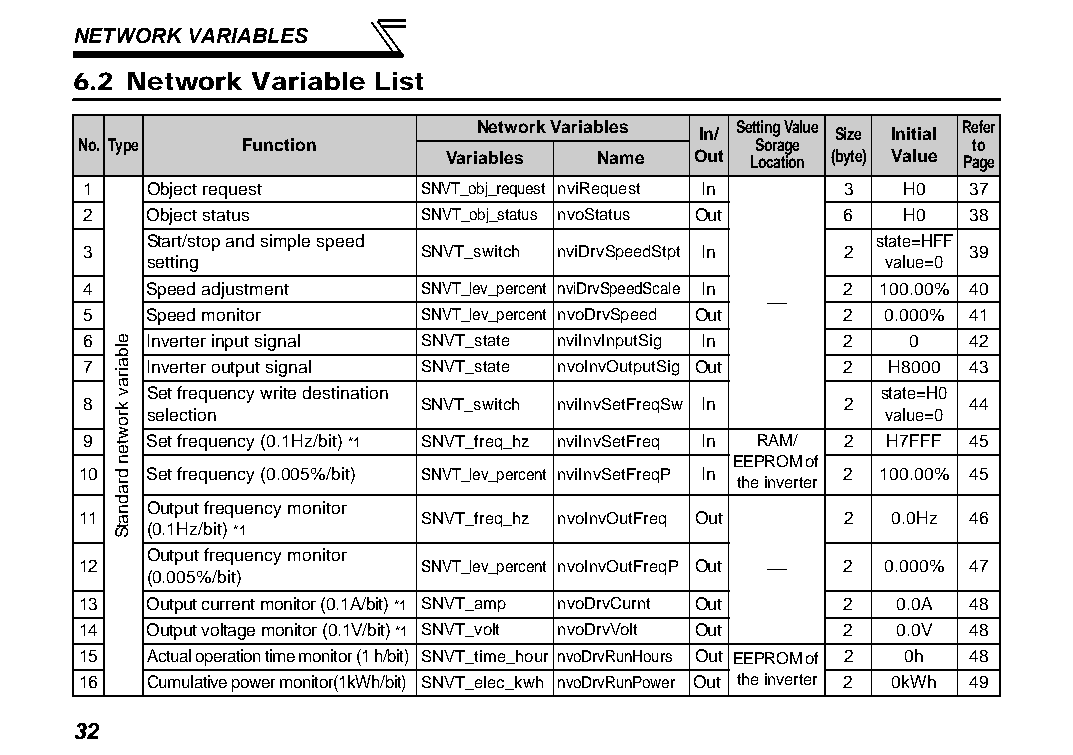
NETWORK VARIABLES
 6.2 Network Variable List
 Network Variables Setting Value Refer
 In/      Size Initial
 No. Type   Function                          Sorage        to
 Variables Name   Out Location (byte) Value Page
 1   Object request    SNVT_obj_request nviRequest In 3 H0  37
 2   Object status     SNVT_obj_status nvoStatus Out 6 H0   38
 Start/stop and simple speed                      state=HFF
 3                     SNVT_switch nviDrvSpeedStpt In 2     39
 setting                                          value=0
 4   Speed adjustment  SNVT_lev_percent nviDrvSpeedScale In 2 100.00% 40
 
 5   Speed monitor     SNVT_lev_percent nvoDrvSpeed Out 2 0.000% 41
 6   Inverter input signal SNVT_state nviInvInputSig In 2 0 42
 7   Inverter output signal SNVT_state nvoInvOutputSig Out 2 H8000 43
 Set frequency write destination                  state=H0
 8                     SNVT_switch nviInvSetFreqSw In 2     44 selection value=0
 9   Set frequency (0.1Hz/bit) *1 SNVT_freq_hz nviInvSetFreq In RAM/ 2 H7FFF 45
 EEPROM of
 10  Set frequency (0.005%/bit) SNVT_lev_percent nviInvSetFreqP In 2 100.00% 45
 the inverter
 Output frequency monitor
 11                    SNVT_freq_hz nvoInvOutFreq Out 2 0.0Hz 46
 (0.1Hz/bit) *1
 Output frequency monitor
 12                    SNVT_lev_percent nvoInvOutFreqP Out  2 0.000% 47
 (0.005%/bit)
 13  Output current monitor (0.1A/bit) *1 SNVT_amp nvoDrvCurnt Out 2 0.0A 48
 14  Output voltage monitor (0.1V/bit) *1 SNVT_volt nvoDrvVolt Out 2 0.0V 48
 15  Actual operation time monitor (1 h/bit) SNVT_time_hour nvoDrvRunHours Out EEPROM of 2 0h 48
 16  Cumulative power monitor(1kWh/bit) SNVT_elec_kwh nvoDrvRunPower Out the inverter 2 0kWh 49
 32
 elbairav
 krowten
 dradnatS